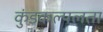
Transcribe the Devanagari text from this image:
कुंडकल्पलता